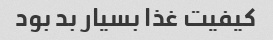
کیفیت غذا بسیار بد بود